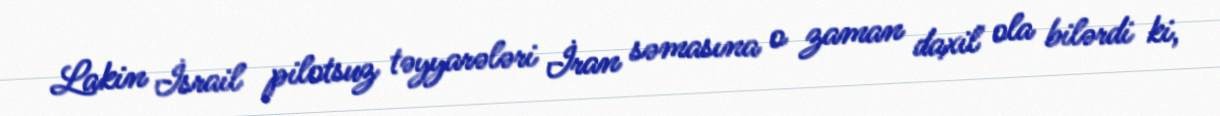
Lakin İsrail pilotsuz təyyarələri İran səmasına o zaman daxil ola bilərdi ki,